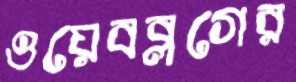
ওয়েবব্লগের